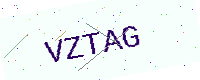
Text: VZTAG